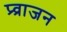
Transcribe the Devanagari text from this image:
प्र्व्राजन